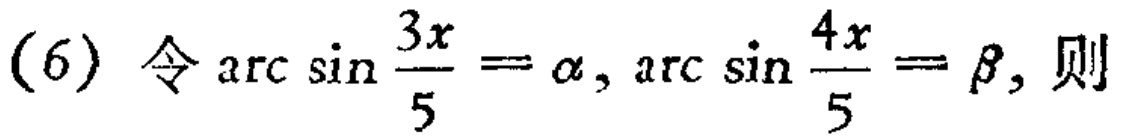
(6) 令\(\arcsin\frac{3x}{5}=\alpha,\arcsin\frac{4x}{5}=\beta\)，则